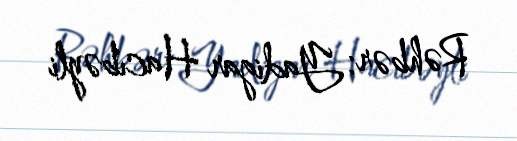
Rəhbər: Yadigar Hacıbəyli